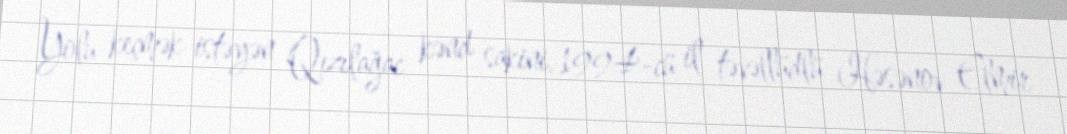
Yolu keçmək istəyən Qızılağac kənd sakini, 1994-cü il təvəllüdlü Həsənov Elmir